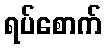
ရပ်စောက်